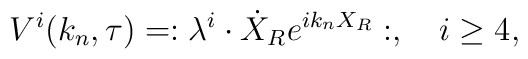
V^i(k_n,\tau) = :\lambda^i\cdot\dot{X}_R e^{ik_nX_R}:, \quad i\ge 4 ,